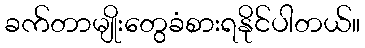
ခက်တာမျိုးတွေခံစားရနိုင်ပါတယ်။